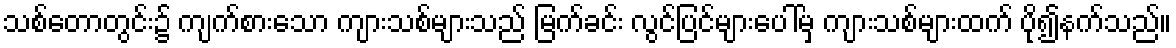
သစ်တောတွင်း၌ ကျက်စားသော ကျားသစ်များသည် မြက်ခင်း လွင်ပြင်များပေါ်မှ ကျားသစ်များထက် ပို၍နက်သည်။